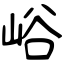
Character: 峪